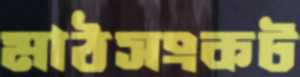
মাঠসংকট